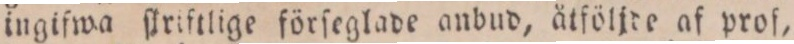
ingifwa ſkriftlige förſeglade anbud, ätföljde af prof,